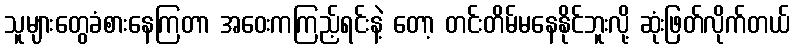
သူများတွေခံစားနေကြတာ အဝေးကကြည့်ရင်းနဲ့ တော့ တင်းတိမ်မနေနိုင်ဘူးလို့ ဆုံးဖြတ်လိုက်တယ်